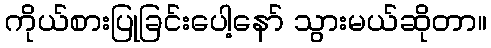
ကိုယ်စားပြုခြင်းပေါ့နော် သွားမယ်ဆိုတာ။